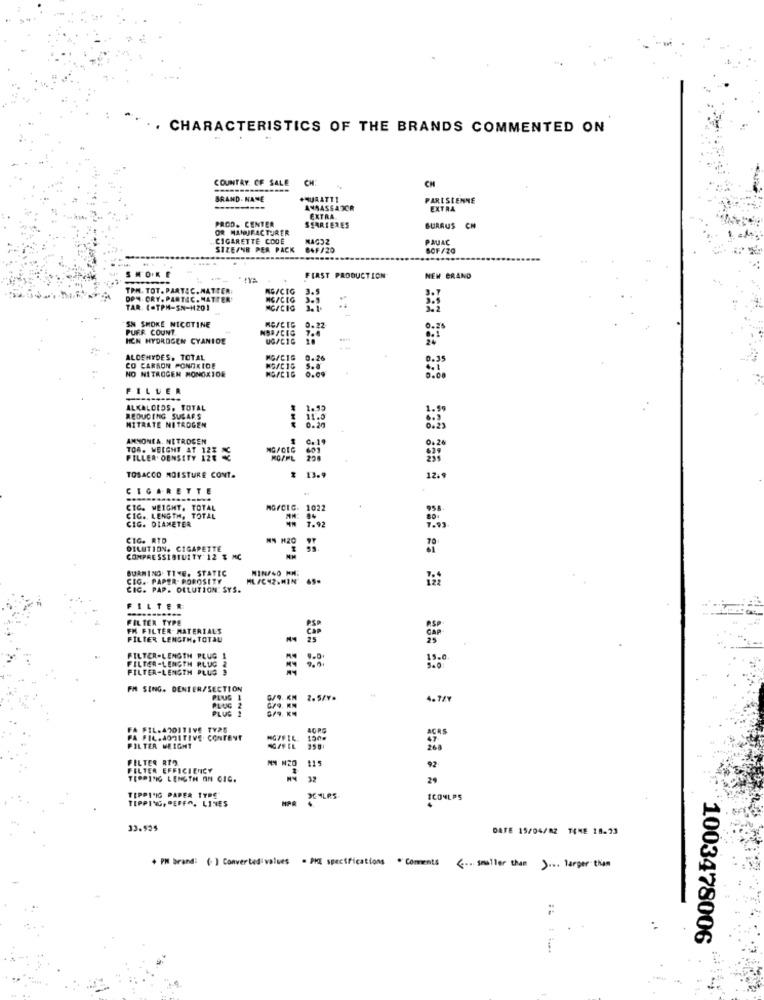
. CHARACTERISTICS OF THE BRANDS COMMENTED ON
COUNTRY. OF SALE
CH
CH
BRAND. HANE
#HURATTI
PARISIENNE
AMBASSADOR
EXTRA
PROD. CENTER
EXTRA
OR MANUFACTURER
SSAREERES
SURAUS CH
CIGARETTE CODE
MAGOZ
PAUAC
SIZEANB PER PACK
84F/20
SOF/20
SMOKE
FIRST PRODUCTION
NEW BRAND
TPM. TOT. PARTEC. MATTER:
MG/CIG
3.5
DPS-ORY. PARTEC. MATTER'
3.9
TAR. (.TPM-SN-1201
SN SMOKE NICOTINE
PUFF COUNT.
0.22
HCN HYDROGEN CYANIDE
UG/C1G
ALDEHYDES, TOTAL
0.26
CO CARBON PONDKIDE
NO NITROGEN MONOXIDE
MG/C16
FILLER
ALKALOIDS. TOTAL
1.53
REDUCING SUGARS
NITRATE NITROGEN
0.20
11.0
AMNONEA. NITROGEN
TOR. WEIGHT AT 12E
FILLER DENSITY 128
TOSACCO MOISTURE CONT.
13.9
12.9
CIGARETTE
CTC. WEIGHT. TOTAL
MG/CIC. 1022
CIG. LENGTH, TOTAL
CIG. DIAMETER
7.92
CIG. RTD
DILUTION. CIGAPETTE
COMPRESSISTUITY 12 % MC
BURNING TIVE. STATIC
MIN/4O MME
CIG .. PAPER- POROSITY
HL/C42.MIN 45-
CIC. PAP. OELUTION: SYS.
FILTER
FILTER TYPE
FM FILTER MATERIALS
FILTER LENGTH, TOTAL
CAP
FILTER-LENGTH PLUG 2
FILTER-LENGTH PLUG
15.0
FILTER-LENGTH PLUS 3
FM SING. DENTER/SECTION
PLUS 1
2.5/v.
4.7/7
PLUG
PLUS
FA FIL.ADDITIVE TY25
PA FIL.ADDITIVE. CONTENT
MG/FIL.
FILTER WEIGHT
FILTER RTO
NN N20
115
FELTER EFFICIENCY
92.
TIPPING LENGTH AN CIC.
32
29
TIPPI'IG PAPER TYPE
TIPPING, PEFFO. LINES
MPR
ICONLPS
33.935
DATE 15/04/82 TIME 18.23
* PM brand: (1) Converted values = PKE specifications " Coments ( smaller than ).o. larger than
1003478006